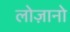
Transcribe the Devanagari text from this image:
लोज़ानो